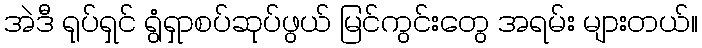
အဲဒီ ရုပ်ရှင် ရွံရှာစပ်ဆုပ်ဖွယ် မြင်ကွင်းတွေ အရမ်း များတယ်။